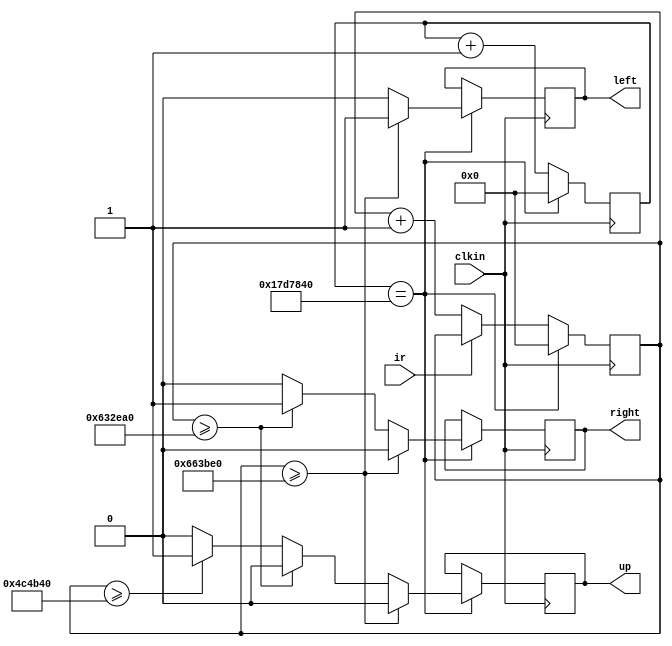
`timescale 1ns / 1ps
//////////////////////////////////////////////////////////////////////////////////
// Company: 
// Engineer: 
// 
// Design Name: 
// Module Name:    top 
// Project Name: 
// Target Devices: 
// Tool versions: 
// Description: 
//
// Dependencies: 
//
// Revision: 
// Revision 0.01 - File Created
// Additional Comments: 
//
//////////////////////////////////////////////////////////////////////////////////

module top(ir, clkin, up, right, left);

input ir;
input clkin;
output reg up;
output reg right;
output reg left;

reg [25:0] count;
reg [25:0] irCount;

initial begin
		 irCount = 0;
		 count = 0;
		 up = 0;
		 left = 0;
		 right = 0;
end

always @ (posedge clkin) begin
	if (count == 26'd25000000) begin
		count <= 0;
		if (~ir) begin
			irCount <= irCount + 1;
		end
		if (irCount >= 26'd6700000) begin
			up <= 0;
			left <= 1;
			right <=0;
			irCount <= 0;
		end
		else if (irCount >= 26'd6500000) begin
			up <= 0;
			left <= 0;
			right <=1;
			irCount <= 0;
		end
		else if (irCount >= 26'd5000000) begin 
			up <= 1;
			left <= 0;
			right <=0;
			irCount <= 0;
		end
		else begin
			up <= 0;
			left <= 0;
			right <=0;
			irCount <= 0;
		end
	end
	else begin
		if (~ir) begin
			irCount <= irCount + 1;
		end
		count <= count + 1;
	end
end
endmodule